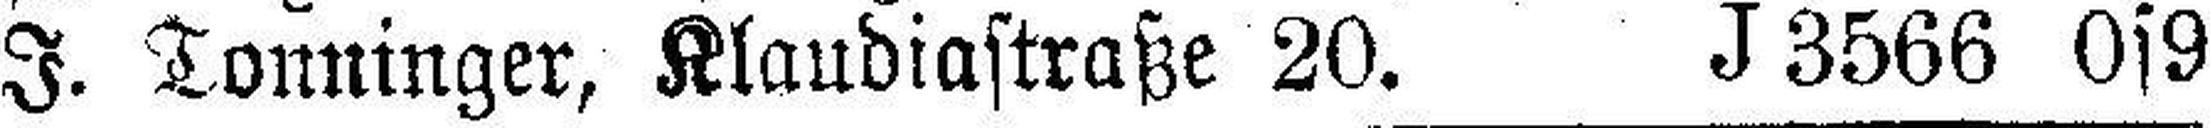
J. Tonninger, Klaudiastraße 20. J3566 0s9